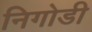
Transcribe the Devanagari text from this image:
निगोडी